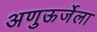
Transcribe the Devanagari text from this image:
अणुऊर्जेला